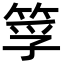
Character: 筟